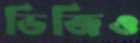
ডিজিও